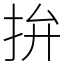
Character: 拚